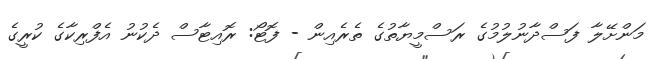
މަންށޭލާ ފަސްދާނުލުމުގެ ރަސްމީޔާތުގެ ތެރެއިން - ފޮޓޯ: ރޮއިޓާސް ދެކުނު އެފްރިކާގެ ކުރީގެ